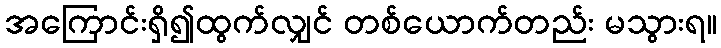
အကြောင်းရှိ၍ထွက်လျှင် တစ်ယောက်တည်း မသွားရ။